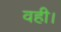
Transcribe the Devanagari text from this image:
वही।